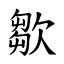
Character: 㱀